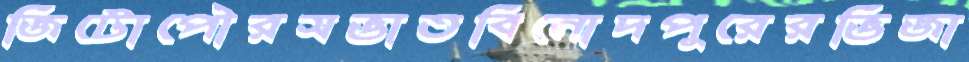
জিটোপৌরসভাতবিনোদপুরেরভিজা